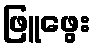
ဖြူဖွေး